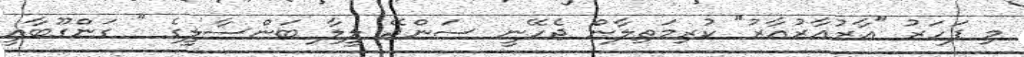
މި ފަހަރު "އާރުއާރުއާރު" ކުރިމަތިލާން ޖެހޭނީ ސަންޖޭ ލީލާ ބަންސާލީގެ " ގަންގޫބާއީ